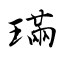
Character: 璊